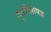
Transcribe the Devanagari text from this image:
पुराविशेषज्ञ